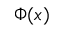
\Phi ( x )